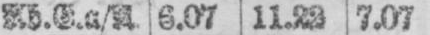
Ab.E.a/A. 6.07 11.23 7.07